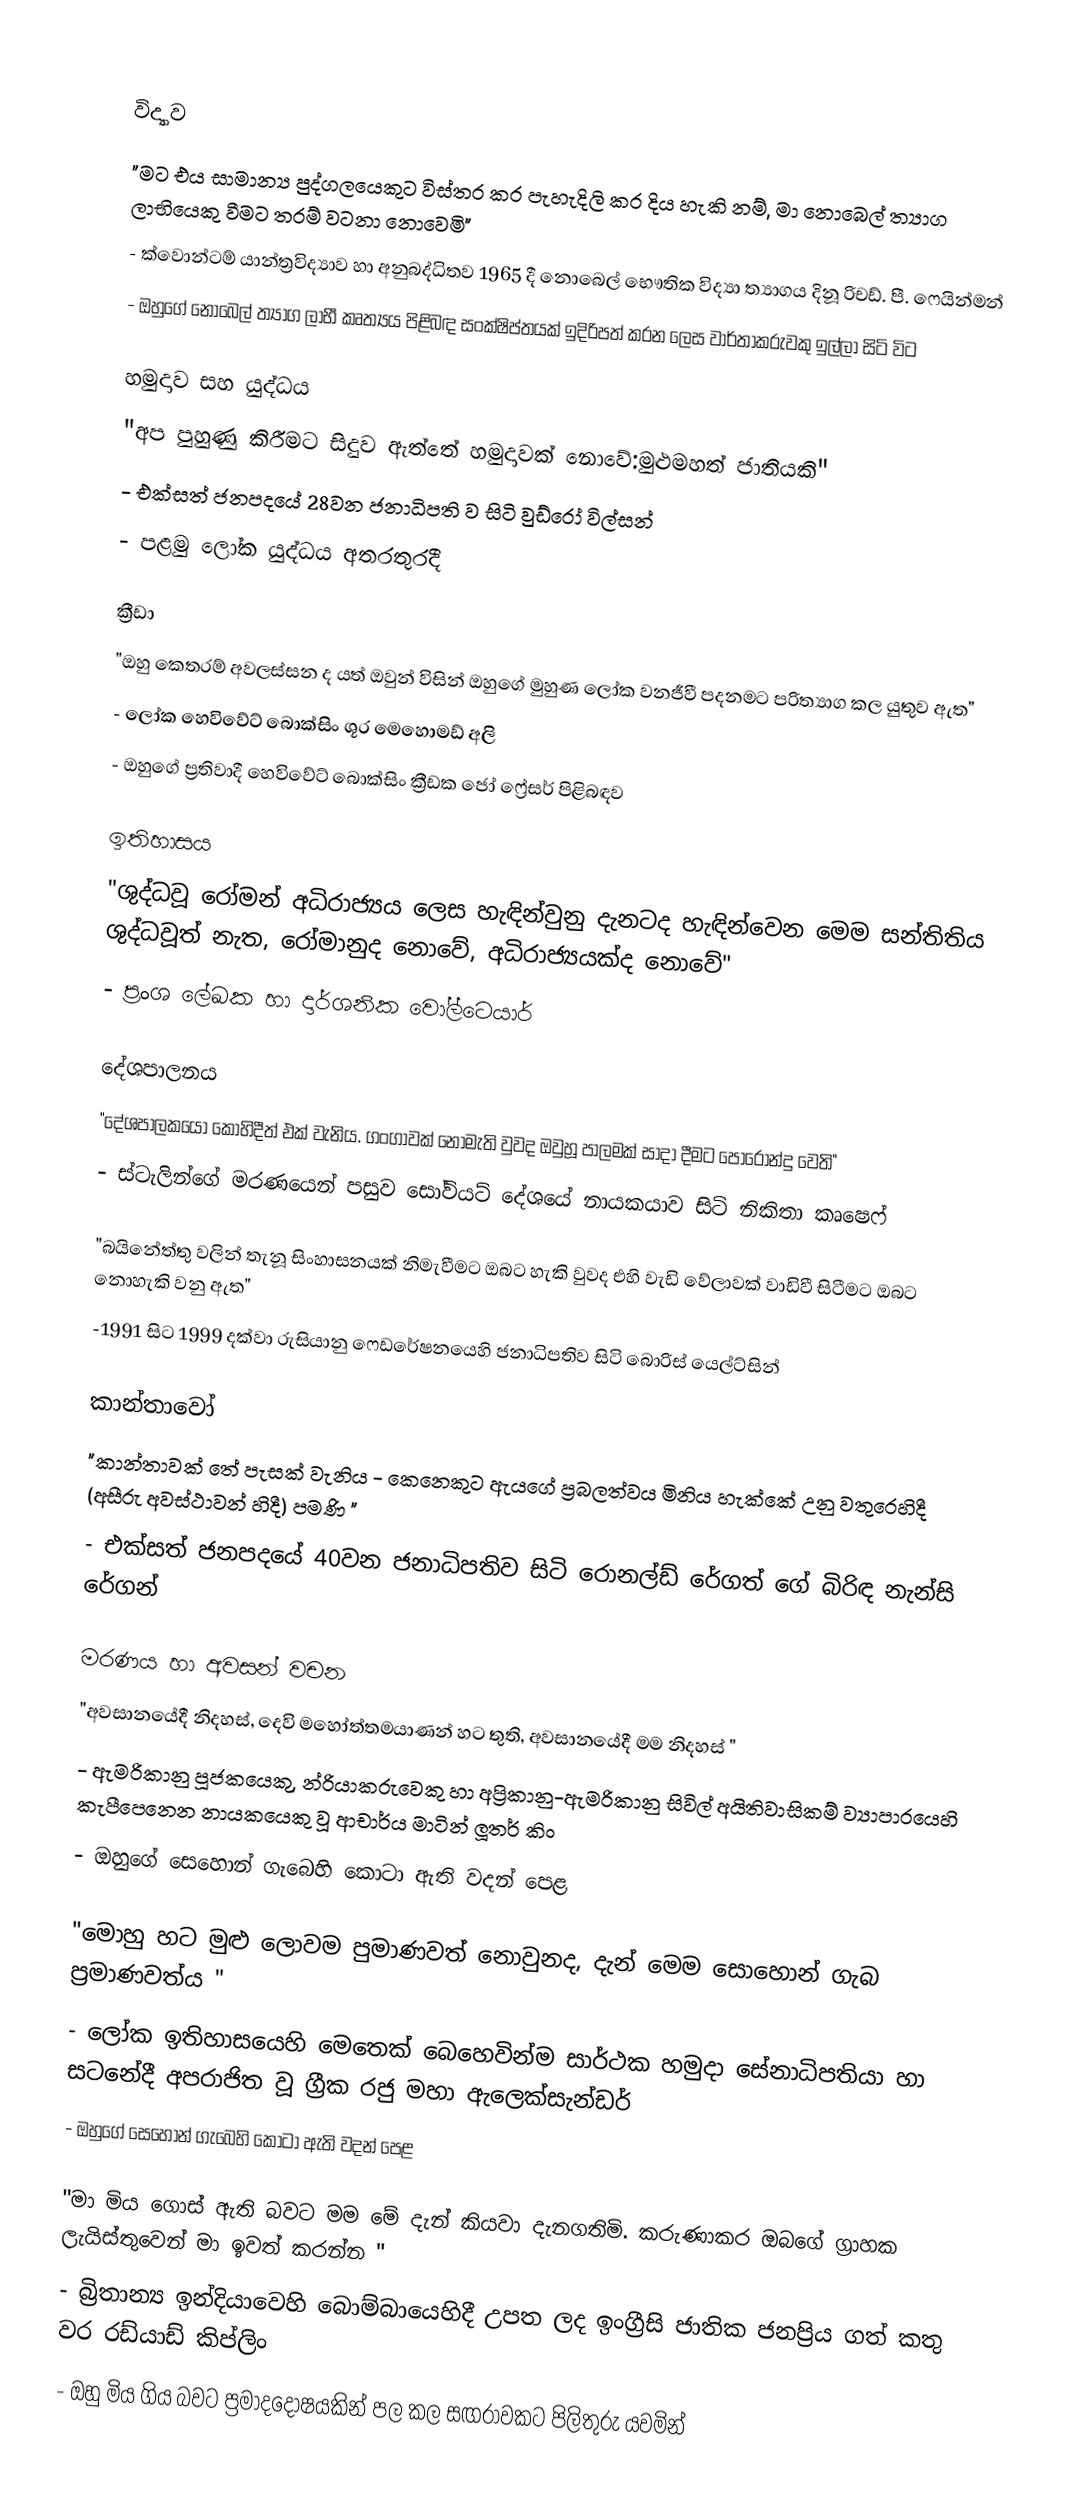

විද්‍යාව
"මට එය සාමාන්‍ය පුද්ගලයෙකුට විස්තර කර පැහැදිලි කර දිය හැකි නම්, මා නොබෙල් ත්‍යාග ලාභියෙකු වීමට තරම් වටනා නොවෙමි"
- ක්වොන්ටම් යාන්ත්‍රවිද්‍යාව හා අනුබද්ධිතව 1965 දී නොබෙල් භෞතික විද්‍යා ත්‍යාගය දිනූ රිචඩ්. පී. ෆෙයින්මන්
- ඔහුගේ නොබෙල් ත්‍යාග ලාභී කෘත්‍යය පිළිබඳ සංක්ෂිප්තයක් ඉදිරිපත් කරන ලෙස වාර්තාකරුවකු ඉල්ලා සිටි විට

හමුදාව සහ යුද්ධය
"අප පුහුණු කිරීමට සිදුව ඇත්තේ හමුදාවක් නොවේ:මුළුමහත් ජාතියකි"
- එක්සත් ජනපදයේ 28වන ජනාධිපති ව සිටි  වුඩ්රෝ විල්සන්
- පළමු ලෝක යුද්ධය අතරතුරදී

ක්‍රීඩා
"ඔහු කෙතරම් අවලස්සන ද යත් ඔවුන් විසින් ඔහුගේ මුහුණ ලෝක වනජීවී පදනමට පරිත්‍යාග කල යුතුව ඇත"
- ලෝක හෙවිවේට් බොක්සිං ශූර  මෙහොමඩ් අලි
- ඔහුගේ ප්‍රතිවාදී හෙවිවේට් බොක්සිං ක්‍රීඩක ජෝ ෆ්‍රේසර් පිළිබඳව

ඉතිහාසය
"ශුද්ධවූ රෝමන් අධිරාජ්‍යය ලෙස හැඳින්වුනු දැනටද හැඳින්වෙන මෙම සන්තිතිය ශුද්ධවූත් නැත, රෝමානුද නොවේ, අධිරාජ්‍යයක්ද නොවේ"
- ප්‍රංශ ලේඛක හා දාර්ශනික  වෝල්ටෙයාර්

දේශපාලනය
"දේශපාලකයෝ කොහිදීත් එක් වැනිය. ගංගාවක් නොමැති වුවද ඔවුහූ පාලමක් සාදා දීමට පොරොන්දු වෙති"
- ස්ටැලින්ගේ මරණයෙන් පසුව සෝවියට් දේශයේ නායකයාව සිටි නිකිතා කෘෂෙෆ්

"බයිනේත්තු වලින් තැනූ සිංහාසනයක් නිමැවීමට ඔබට හැකි වුවද එහි වැඩි වේලාවක් වාඩිවී සිටීමට ඔබට නොහැකි වනු ඇත"
-1991 සිට 1999 දක්වා රුසියානු ෆෙඩරේෂනයෙහි ජනාධිපතිව සිටි  බොරිස් යෙල්ට්සින්

කාන්තාවෝ
"කාන්තාවක් තේ පැසක් වැනිය - කෙනෙකුට ඇයගේ ප්‍රබලත්වය මිනිය හැක්කේ උනු වතුරෙහිදී (අසීරු අවස්ථාවන් හිදී) පමණි "
- එක්සත් ජනපදයේ 40වන ජනාධිපතිව සිටි රොනල්ඩ් රේගත් ගේ බිරිඳ  නැන්සි රේගන්

මරණය හා අවසන් වචන
"අවසානයේදී නිදහස්, දෙවි මහෝත්තමයාණන් හට තුති, අවසානයේදී මම නිදහස් "
- ඇමරිකානු පූජකයෙකු, න්‍රියාකරුවෙකු හා අප්‍රිකානු-ඇමරිකානු සිවිල් අයිතිවාසිකම් ව්‍යාපාරයෙහි කැපීපෙනෙන නායකයෙකු වූ ආචාර්ය මාටින් ලූතර් කිං
- ඔහුගේ සෙහොන් ගැබෙහි කොටා ඇති වදන් පෙළ

"මොහු හට මුළු ලොවම පුමාණවත් නොවුනද, දැන් මෙම සොහොන් ගැබ ප්‍රමාණවත්ය "
- ලෝක ඉතිහාසයෙහි මෙතෙක් බෙහෙවින්ම සාර්ථක හමුදා සේනාධිපතියා හා සටනේදී අපරාජිත වූ ග්‍රීක රජු  මහා ඇලෙක්සැන්ඩර්
- ඔහුගේ සෙහොන් ගැබෙහි කොටා ඇති වදන් පෙළ

"මා මිය ගොස් ඇති බවට මම මේ දැන් කියවා දැනගතිමි. කරුණාකර ඔබගේ ග්‍රාහක ලැයිස්තුවෙන් මා ඉවත් කරන්න "
- බ්‍රිතාන්‍ය ඉන්දියාවෙහි බොම්බායෙහිදී උපත ලද ඉංග්‍රීසි ජාතික ජනප්‍රිය ගත් කතු වර  රඩ්යාඩ් කිප්ලිං
- ඔහු මිය ගිය බවට ප්‍රමාදදෝෂයකින් පල කල සඟරාවකට පිලිතුරු යවමින්